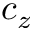
c _ { z }